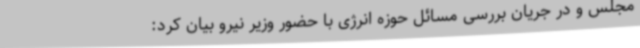
مجلس و در جریان بررسی مسائل حوزه انرژی با حضور وزیر نیرو بیان کرد: